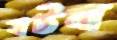
বটন